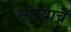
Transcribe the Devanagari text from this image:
सार्‍याचे